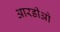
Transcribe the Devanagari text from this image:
आरडीओ